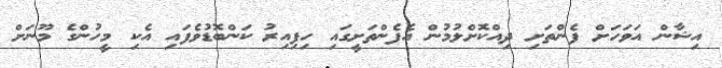
އިޝާން އަވަހަށް ފެންތަށި ދިއްކޮށްލުމުން އެފެންތަށީގައި ހިފިއިރު ކަންބޮޑުވެފައި އެކި މީހުންގެ މޫނަށް